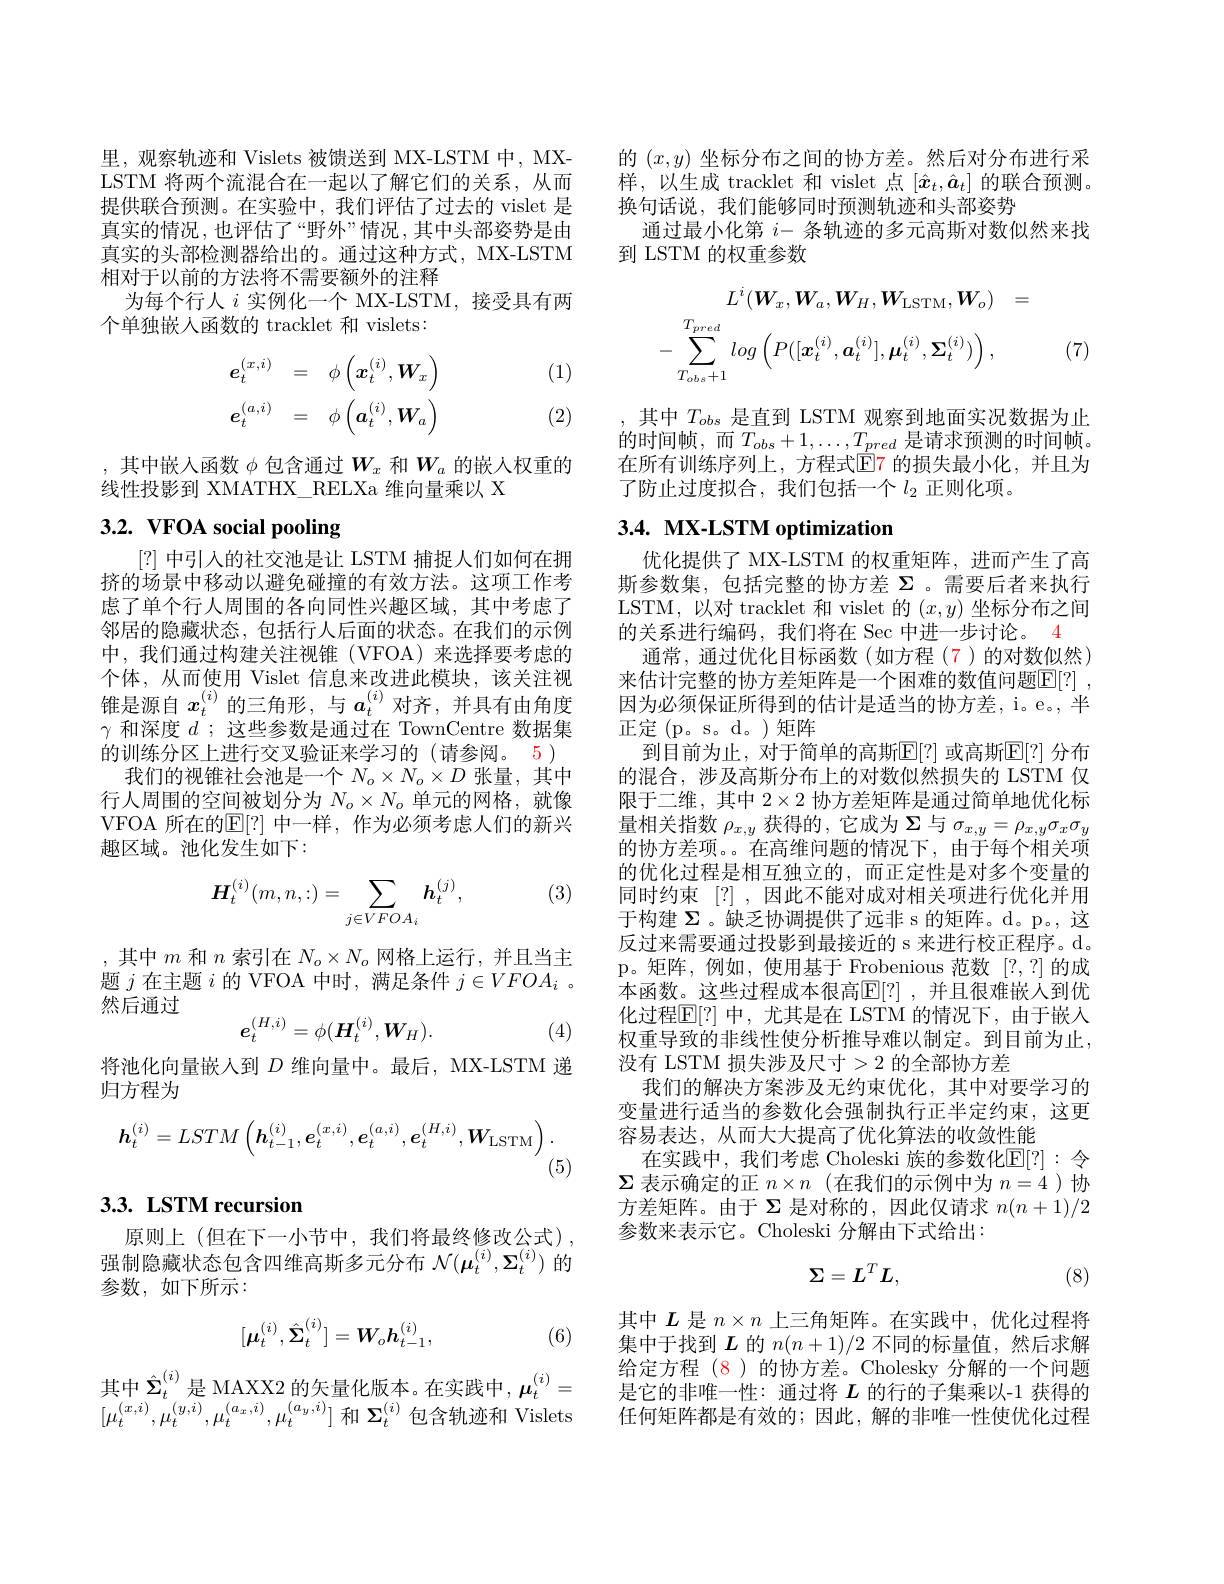
里，观察轨迹和 Vislets 被馈送到 MX-LSTM 中，MXLSTM 将两个流混合在一起以了解它们的关系，从而提供联合预测。在实验中，我们评估了过去的 vislet 是真实的情况，也评估了“野外”情况，其中头部姿势是由真实的头部检测器给出的。通过这种方式，MX-LSTM 相对于以前的方法将不需要额外的注释
为每个行人$i$实例化一个 MX-LSTM,接受具有两
个单独嵌人函数的 tracklet 和 vislets:

(1)
$$e_{t}^{(x,i)}=\quad\phi\left(\boldsymbol{x}_{t}^{(i)},\boldsymbol{W}_{x}\right)\\e_{t}^{(a,i)}=\quad\phi\left(\boldsymbol{a}_{t}^{(i)},\boldsymbol{W}_{a}\right)$$
(2)

,其中嵌入函数$\phi$包含通过$W_x$和$W_a$的嵌人权重的
线性投影到 XMATHX\_RELXa 维向量乘以 X

# 3.2. VFOA social pooling

[?]中引入的社交池是让 LSTM 捕捉人们如何在拥挤的场景中移动以避免碰撞的有效方法。这项工作考虑了单个行人周围的各向同性兴趣区域，其中考虑了邻居的隐藏状态，包括行人后面的状态。在我们的示例中，我们通过构建关注视锥(VFOA)来选择要考虑的个体，从而使用 Vislet 信息来改进此模块，该关注视锥是源自$x_t^{(i)}$的三角形，与$a_t^{(i)}$对齐，并具有由角度$\gamma$和深度$d$ ;这些参数是通过在 TownCentre 数据集的训练分区上进行交叉验证来学习的(请参阅。5)
我们的视锥社会池是一个$N_o\times N_o\times D$张量，其中行人周围的空间被划分为$N_o\times N_o$单元的网格，就像VFOA 所在的$\mathbb{E}[?]$ 中一样，作为必须考虑人们的新兴趣区域。池化发生如下：

(3)
$$\boldsymbol{H}_{t}^{(i)}(m,n,:)=\sum_{j\in VFOA_{i}}\boldsymbol{h}_{t}^{(j)},$$
,其中$m$和$n$索引在$N_o\times N_o$网格上运行，并且当主题$j$在主题$i$的 VFOA 中时，满足条件$j\in VFOA_i$ 。然后通过
$$e_t^{(H,i)}=\phi(H_t^{(i)},W_H).$$
(4)

将池化向量嵌人到$D$维向量中。最后，MX-LSTM 递
归方程为
$$\boldsymbol{h}_{t}^{(i)}=LSTM\left(\boldsymbol{h}_{t-1}^{(i)},\boldsymbol{e}_{t}^{(x,i)},\boldsymbol{e}_{t}^{(a,i)},\boldsymbol{e}_{t}^{(H,i)},\boldsymbol{W}_{\mathrm{LSTM}}\right).$$
(5)

## 3.3. LSTM recursion

原则上(但在下一小节中，我们将最终修改公式), 强制隐藏状态包含四维高斯多元分布$\mathcal{N}(\boldsymbol{\mu}_t^{(i)},\boldsymbol{\Sigma}_t^{(i)})$的参数，如下所示：
$$[\boldsymbol{\mu}_t^{(i)},\hat{\boldsymbol{\Sigma}}_t^{(i)}]=\boldsymbol{W}_o\boldsymbol{h}_{t-1}^{(i)},$$
(6)

其中$\hat{\Sigma}_t^{(i)}$是 MAXX2 的矢量化版本。在实践中$,\boldsymbol\mu_t^{(i)}=$ $[\mu_{t}^{(x,i)},\mu_{t}^{(y,i)},\mu_{t}^{(a_{x},i)},\mu_{t}^{(a_{y},i)}]$和$\Sigma_t^{(i)}$包含轨迹和 Vislets

的$(x,y)$坐标分布之间的协方差。然后对分布进行采样，以生成 tracklet 和 vislet 点$[\hat{x}_t,\hat{a}_t]$的联合预测。换句话说，我们能够同时预测轨迹和头部姿势
通过最小化第$i-$条轨迹的多元高斯对数似然来找
到 LSTM 的权重参数
$$L^{i}(\boldsymbol{W}_{x},\boldsymbol{W}_{a},\boldsymbol{W}_{H},\boldsymbol{W}_{\mathrm{LSTM}},\boldsymbol{W}_{o})\:=\\-\sum_{T_{obs}+1}log\left(P([\boldsymbol{x}_{t}^{(i)},\boldsymbol{a}_{t}^{(i)}],\boldsymbol{\mu}_{t}^{(i)},\boldsymbol{\Sigma}_{t}^{(i)})\right),$$
(7)

,其中$T_{obs}$是直到 LSTM 观察到地面实况数据为止的时间帧，而$T_obs+1,\ldots,T_{pred}$是请求预测的时间帧。在所有训练序列上，方程式$\color{red}{\mathrm{E}}\color{blue}{\mathrm{F}}$ 的损失最小化，并且为了防止过度拟合，我们包括一个$l_2$正则化项。

## $3. 4. \textbf{ MX- LSTM optimization}$

优化提供了 MX-LSTM 的权重矩阵，进而产生了高斯参数集，包括完整的协方差$\Sigma$ 。需要后者来执行LSTM,以对 tracklet 和 vislet 的$(x,y)$坐标分布之间的关系进行编码，我们将在 Sec 中进一步讨论。4
通常，通过优化目标函数(如方程(7)的对数似然) 来估计完整的协方差矩阵是一个困难的数值问题$\mathbb{E} [ ? ]$ , 因为必须保证所得到的估计是适当的协方差，i。e。, 半正定(p。s。d。)矩阵
到目前为止，对于简单的高斯$\mathbb{E}[?]$ 或高斯$\mathbb{E}[?]$ 分布的混合，涉及高斯分布上的对数似然损失的 LSTM 仅限于二维，其中$2\times2$协方差矩阵是通过简单地优化标量相关指数$\rho_x,y$获得的 ,它成为$\Sigma$与$\sigma_x,y=\rho_{x,y}\sigma_x\sigma_y$ 的协方差项。在高维问题的情况下，由于每个相关项的优化过程是相互独立的，而正定性是对多个变量的同时约束 [?] ,因此不能对成对相关项进行优化并用于构建$\Sigma$ 。缺乏协调提供了远非 s 的矩阵。d。p。,这反过来需要通过投影到最接近的 s 来进行校正程序。d. p。矩阵，例如，使用基于 Frobenious 范数[?,?]的成本函数。这些过程成本很高$\mathbb{E}[?]$ ,并且很难嵌人到优化过程$\mathbb{E}[?]$ 中，尤其是在 LSTM 的情况下，由于嵌入权重导致的非线性使分析推导难以制定。到目前为止， 没有 LSTM 损失涉及尺寸>2 的全部协方差
我们的解决方案涉及无约束优化，其中对要学习的变量进行适当的参数化会强制执行正半定约束，这更容易表达，从而大大提高了优化算法的收敛性能
在实践中，我们考虑 Choleski 族的参数化$\mathbb{E}[?]:$令$\Sigma$表示确定的正$n\times n$ (在我们的示例中为$n=4$)协方差矩阵。由于$\Sigma$是对称的，因此仅请求$n(n+1)/2$ 参数来表示它。Choleski 分解由下式给出：
$$\Sigma=L^TL,$$
(8)

其中$L$是$n\times n$上三角矩阵。在实践中，优化过程将集中于找到$L$的$n(n+1)/2$不同的标量值，然后求解给定方程 (8)的协方差。Cholesky 分解的一个问题是它的非唯一性：通过将$L$的行的子集乘以-1 获得的任何矩阵都是有效的；因此，解的非唯一性使优化过程